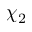
\chi _ { 2 }